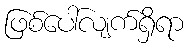
ဖြစ်ပေါ်လျက်ရှိရာ